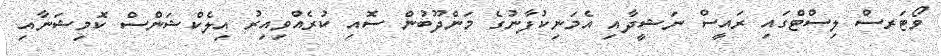
ވޯޓަރސް ލިސްޓްގައި ރައީސް ނަޝީދާއި އެމަނިކުފާނުގެ މަންދޫބުން ސޮއި ކުރެއްވިއިރު އިލެކްޝަންސް ކޮމިޝަނާއި